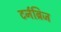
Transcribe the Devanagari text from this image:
टर्नब्रिज